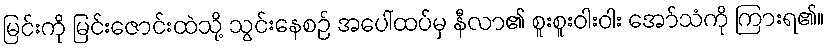
မြင်းကို မြင်းဇောင်းထဲသို့ သွင်းနေစဉ် အပေါ်ထပ်မှ နီလာ၏ စူးစူးဝါးဝါး အော်သံကို ကြားရ၏။